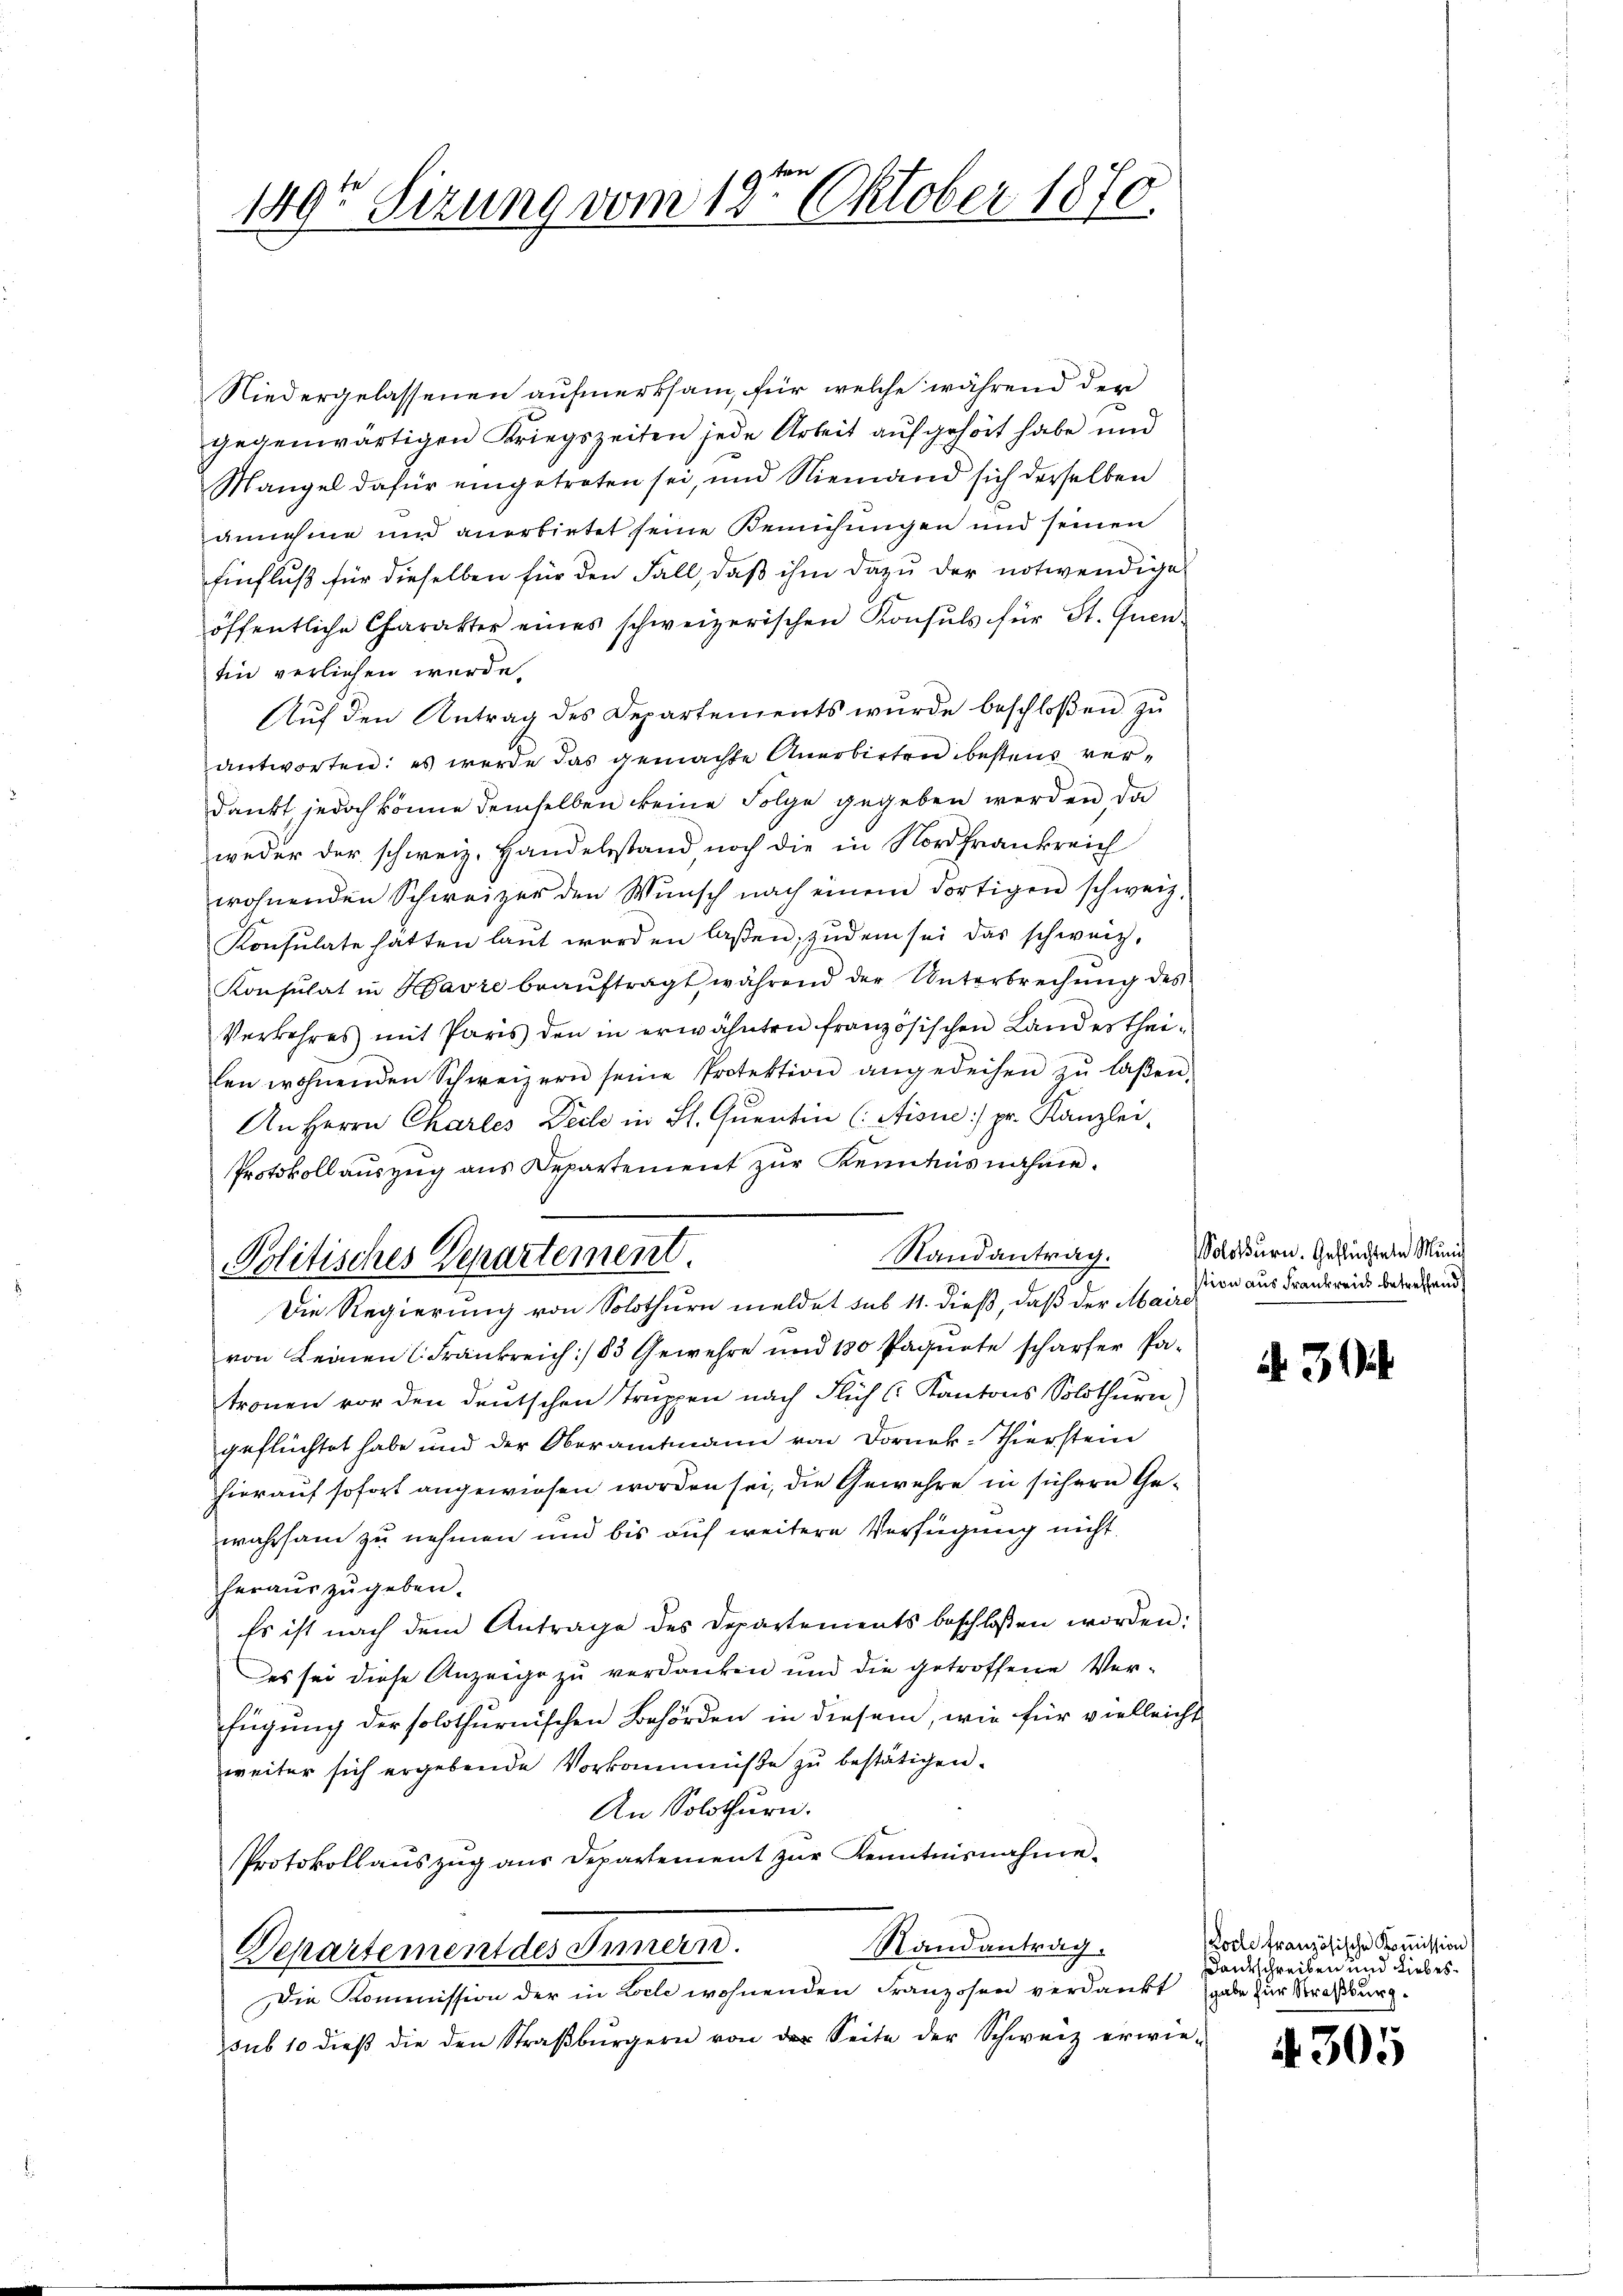
1493 Sizung vom 12ten Oktober 1870.

Niedergelassenen aufmerksam, für welche während der
gegenwärtigen Kriegszeiten jede Arbeit aufgehört habe und
Mangel dafür eingetreten sei, und Niemand sich derselben
annehme und anerbietet seine Bemühungen und seinen
Einfluß für dieselben für den Fall, daß ihm dazu der notwendige
öffentliche Charakter eines schweizerischen Konsuls für St. Quen.
Ein verliehen wurde.
Auf den Antrag des Departements wurde beschloßen zu
antworten: es werde das gemachte Anerbirten bestens verdankt jedoch könne demselben keine Folge gegeben werden da
weder der schweiz. Handelsstand noch die in Nordfrankreich
wohnenden Schweizer den Wŭnsch nach einem dortigen schweiz.
Konsulate hatten laut worden laßen; zudem sei das schweiz,
Konsulat in Havre beaŭftragt während der Unterbrechŭng des
Verkehres mit Paris den in erwähnten französischen Landestheilen wohnenden Schweizern seine Protektion angedeihen zŭ laβen.
An Herrn Charles Decke in St. Qŭentin (Aisn] pr. Kanzlei-
Protokoll auszug aus Departement zŭr Kenntnisnahme.
Randantrag.
Politisches Departement.
Die Regierung von Solothurn meldet sub 11. dieß, daß der Maire
von Leinen (Frankreich / 83 Gewehre und 180 Pagnete schärfer Patronen vor den deutschen Truppen nach Flich Kantons Solothurn,
geflüchtet habe und der Oberamtmann von Dornek-Thierstein
hierauf sofort angewiesen worden sei, die Gewehre in sichern Gewahrsam zu nehmen und bis auf weitere Verfügung nicht.
herauszugeben.
Es ist nach dem Antrage des Departements beschlossen worden:
des sei diese Anzeige zu verdanken und die getroffene Verfügung der solothurnischen Behörden in diesem, wie für vielleicht
weiter sich ergebende Vorkammüße zu bestätigen.
An Solothurn.
Protokollaŭszŭg aŭs Departement zŭr Kenntnisnahme-
Randantrag.
Departement des Innern.
Die Kommission der in Loche wohnenden Franzosen verdankt
sub 10 dieβ die den Straβbürgern von der Seite der Schweiz erwie-

Solothurn. Geflüchtete Minis
tion aus Frankreich betreffend

N 3

(Loche französische Kommission
Dankschreiben und Liebesgabe für Straßburg.

4. 305